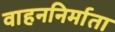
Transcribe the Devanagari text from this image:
वाहननिर्माता